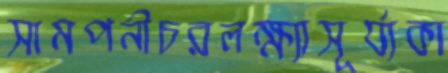
সামপনীচরলক্ষ্যাসূর্য্যকা